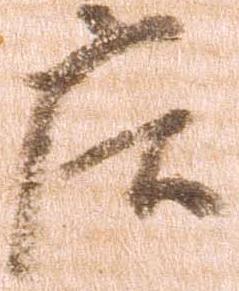
庄